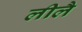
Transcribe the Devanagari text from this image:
लीलै